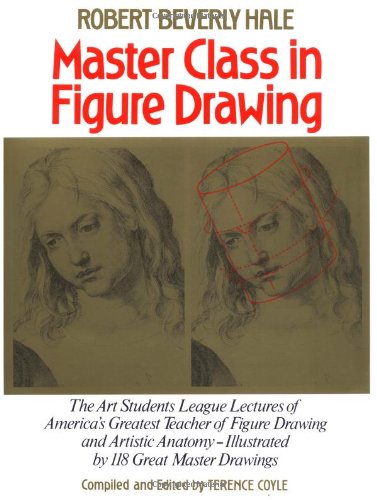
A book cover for Master Class in Figure Drawing; Robert Beverly Hale; Arts & Photography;